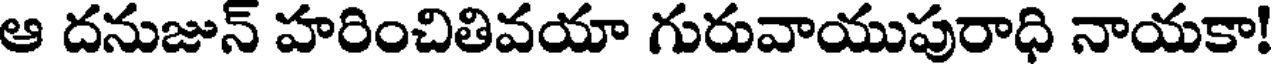
ఆ దనుజున్ హరించితివయా గురువాయుపురాధి నాయకా!